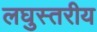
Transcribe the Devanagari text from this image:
लघुस्तरीय